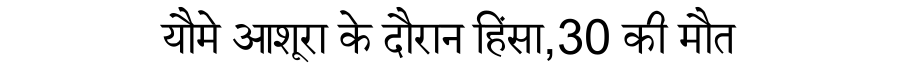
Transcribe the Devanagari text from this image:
यौमे आशूरा के दौरान हिंसा,30 की मौत